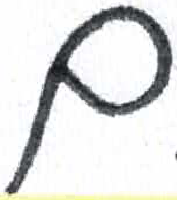
אות: ם